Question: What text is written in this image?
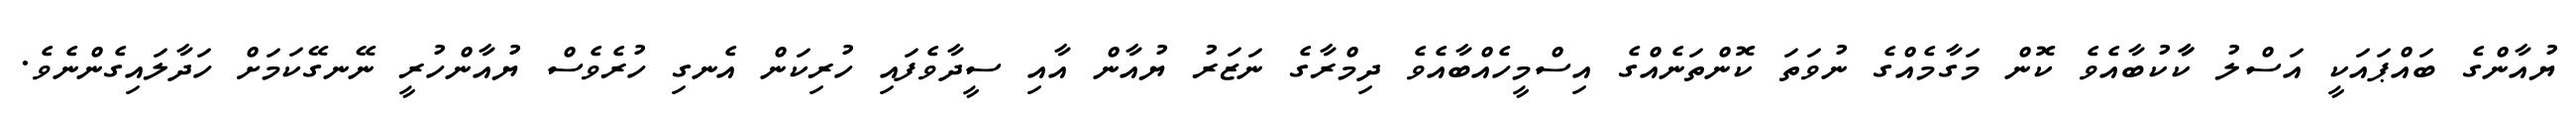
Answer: ޔުއާންގެ ބައްޕައަކީ އަސްލު ކާާކުބާއެވެ ކޮން މަގާމެއްގެ ނުވަތަ ކޮންތަނެއްގެ އިސްމީހެއްބާއެވެ ދިމްރާގެ ނަޒަރު ޔުއާން އާއި ސީދާވެފައި ހުރިކަން އެނގި ހުރެވެސް ޔުއާންހުރީ ނޭނގޭކަމަށް ހަދާލައިގެންނެވެ.